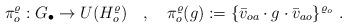
LaTeX: \begin{align*}\pi^\varrho_o : G_\bullet \to U(H^\varrho_o)\ \ \ , \ \ \ \pi^\varrho_o(g) := \{ \bar{v}_{oa} \cdot g \cdot \bar{v}_{ao} \}^{\varrho_o} \ .\end{align*}